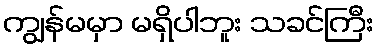
ကျွန်မမှာ မရှိပါဘူး သခင်ကြီး